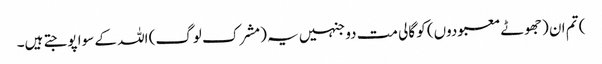
) تم ان (جھوٹے معبودوں) کو گالی مت دو جنہیں یہ (مشرک لوگ) اللہ کے سوا پوجتے ہیں۔